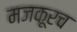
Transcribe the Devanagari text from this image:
मजकूरच